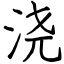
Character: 浇